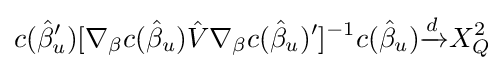
c({\hat {\beta }}_{u}')[\nabla _{\beta }c({\hat {\beta }}_{u}){\hat {V}}\nabla _{\beta }c({\hat {\beta }}_{u})']^{-1}c({\hat {\beta }}_{u}){\xrightarrow {d}}X_{Q}^{2}